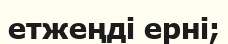
етжеңді ерні;